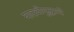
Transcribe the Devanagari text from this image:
यादवीयुद्धाचे